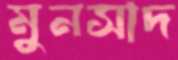
মুনসাদ